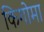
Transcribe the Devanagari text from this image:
किगोमा